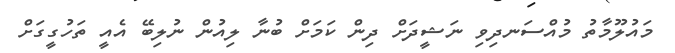
މައުލޫމާތު މުއްސަނދިވި ނަޝީދަށް ދިން ކަމަށް ބުނާ ލިއުން ނުލިބޭ އެއީ ތަހުގީގަށް